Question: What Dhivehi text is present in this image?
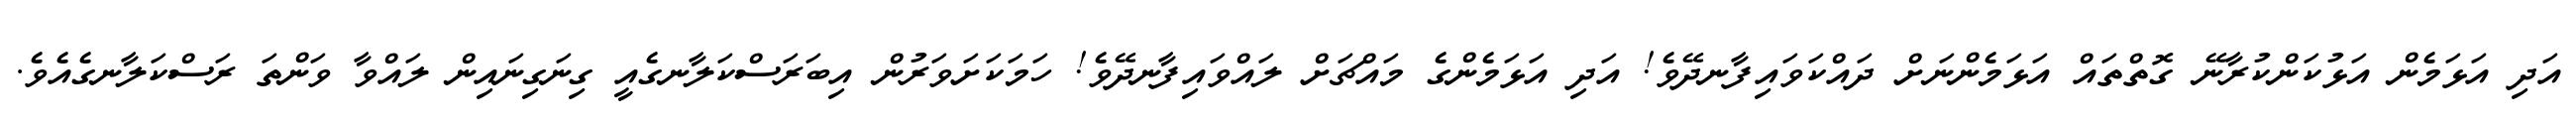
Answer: އަދި އަޅަމެން އަޅުކަންކުރާނޭ ގޮތްތައް އަޅަމެންނަށް ދައްކަވައިފާނދޭވެ! އަދި އަޅަމެންގެ މައްޗަށް ލައްވައިފާނދޭވެ! ހަމަކަށަވަރުން އިބަރަސްކަލާނގެއީ ގިނަގިނައިން ލައްވާ ވަންތަ ރަސްކަލާނގެއެވެ.